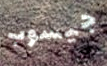
جيسوب